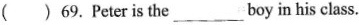
( )69.Peter is the___boy in his class.